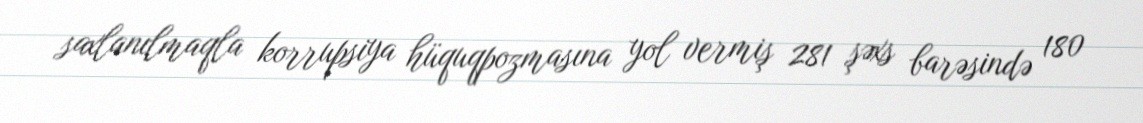
saxlanılmaqla korrupsiya hüquqpozmasına yol vermiş 281 şəxs barəsində 180